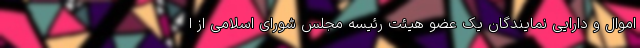
اموال و دارایی نمایندگان یک عضو هیئت رئیسه مجلس شورای اسلامی از ا